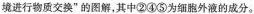
境进行物质交换”的图解，其中②④⑤为细胞外液的成分。